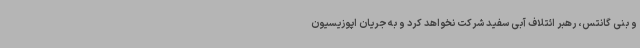
و بنی گانتس، رهبر ائتلاف آبی سفید شرکت نخواهد کرد و به جریان اپوزیسیون